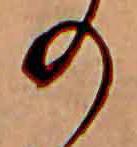
の